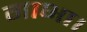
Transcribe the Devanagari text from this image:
गाभा।